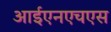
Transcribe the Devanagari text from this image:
आईएनएचएस